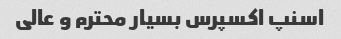
اسنپ اکسپرس بسیار محترم و عالی